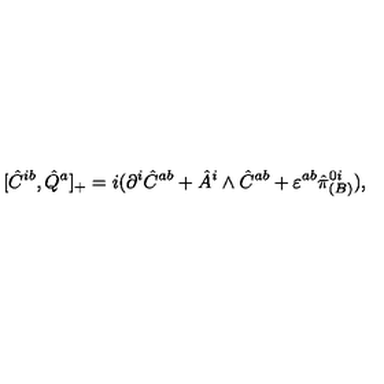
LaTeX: [ \hat { C } ^ { i b } , \hat { Q } ^ { a } ] _ { + } = i ( \partial ^ { i } \hat { C } ^ { a b } + \hat { A } ^ { i } \wedge \hat { C } ^ { a b } + \varepsilon ^ { a b } \hat { \pi } _ { ( B ) } ^ { 0 i } ) ,